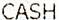
CASH